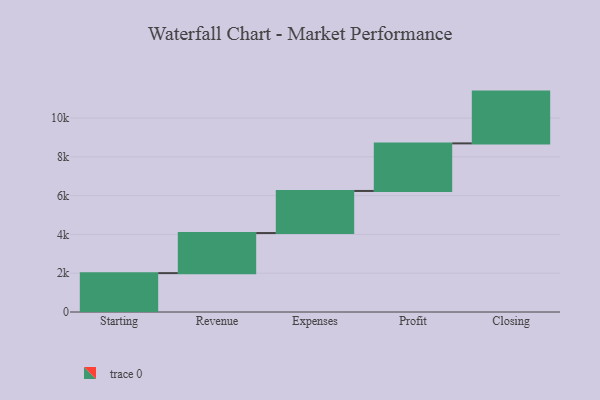
{"axis": {"x": "Step", "y": "Value"}, "legend": [""], "data": [{"x": "Starting", "y": 2004.0, "type": ""}, {"x": "Revenue", "y": 2067.0, "type": ""}, {"x": "Expenses", "y": 2170.0, "type": ""}, {"x": "Profit", "y": 2453.0, "type": ""}, {"x": "Closing", "y": 2670.0, "type": ""}]}